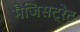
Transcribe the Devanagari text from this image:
मैजिसट्रेट